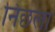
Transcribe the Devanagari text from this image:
निछला